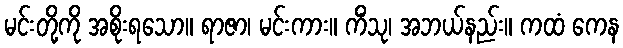
မင်းတို့ကို အစိုးရသော။ ရာဇာ၊ မင်းကား။ ကိံသု၊ အဘယ်နည်း။ ကထံ ကေန